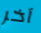
آخر